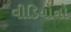
વીડિયોનો